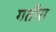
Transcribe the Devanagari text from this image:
गतौरा